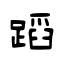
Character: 蹈